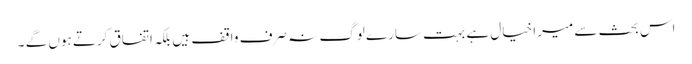
اس بحث سے میرا خیال ہے بہت سارے لوگ نہ صرف واقف ہیں بلکہ اتفاق کرتے ہوں گے ۔